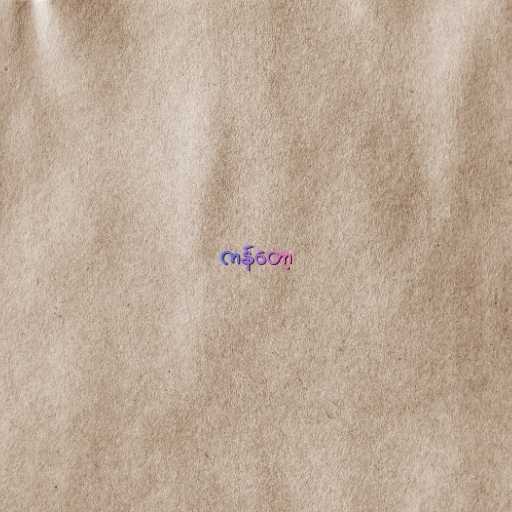
ကန်တော့